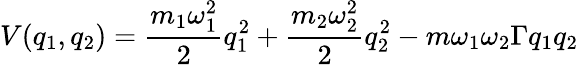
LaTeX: V(q_{1},q_{2})=\frac{m_{1}\omega_{1}^{2}}{2}q_{1}^{2}+\frac{m_{2}\omega_{2}^{2}}{2}q_{2}^{2}-m\omega_{1}\omega_{2}\Gamma q_{1}q_{2}